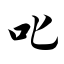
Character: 叱